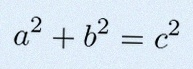
a^2+b^2=c^2